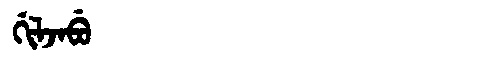
Manchu: ᡤᡳᠯᠵᠠᠪᡠ
Romanization: GILJABU